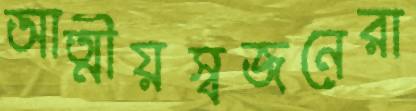
আত্মীয়স্বজনেরা